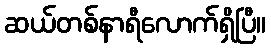
ဆယ်တစ်နာရီလောက်ရှိပြီ။